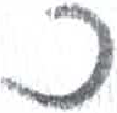
אות: כ